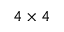
4 \times 4